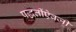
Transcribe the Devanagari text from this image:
पद्धतींऐवजी